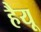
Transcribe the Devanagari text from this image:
हैयू